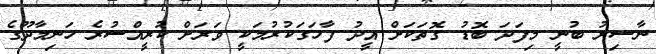
ނާސިރު ބުނީ މިފަދަ ބޮޑު ގޮތަކަށް އީދު ފާހަގަކުރުމަކީ ވަރަށް ކުރީއްސުރެ ހަނިމާދޫގެ